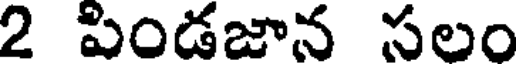
2 పిండజాన సలం